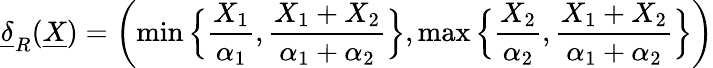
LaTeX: \underline{{\delta}}_{R}(\underline{{X}})=\left(\operatorname*{min}\Big\{ \frac{X_{1}}{\alpha_{1}},\frac{X_{1}+X_{2}}{\alpha_{1}+\alpha_{2}}\Big\} ,\operatorname*{max}\Big\{ \frac{X_{2}}{\alpha_{2}},\frac{X_{1}+X_{2}}{\alpha_{1}+\alpha_{2}}\Big\} \right)